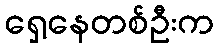
ရှေ့နေတစ်ဦးက